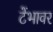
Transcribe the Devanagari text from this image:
टेंभावर